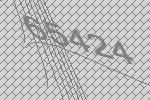
65424